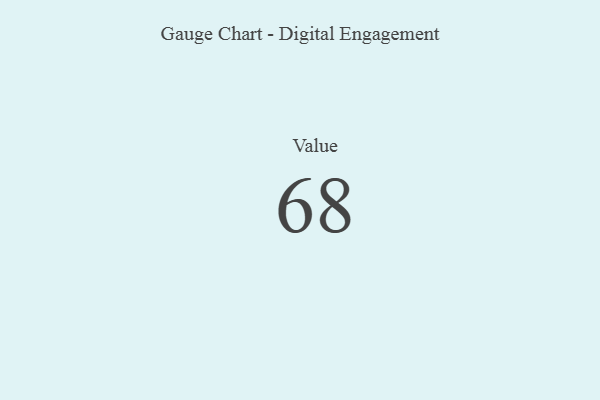
{"axis": {"x": "Metric", "y": "Value"}, "legend": [""], "data": [{"x": "Value", "y": 68, "type": ""}]}